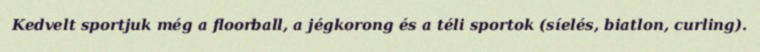
Kedvelt sportjuk még a floorball, a jégkorong és a téli sportok (síelés, biatlon, curling).